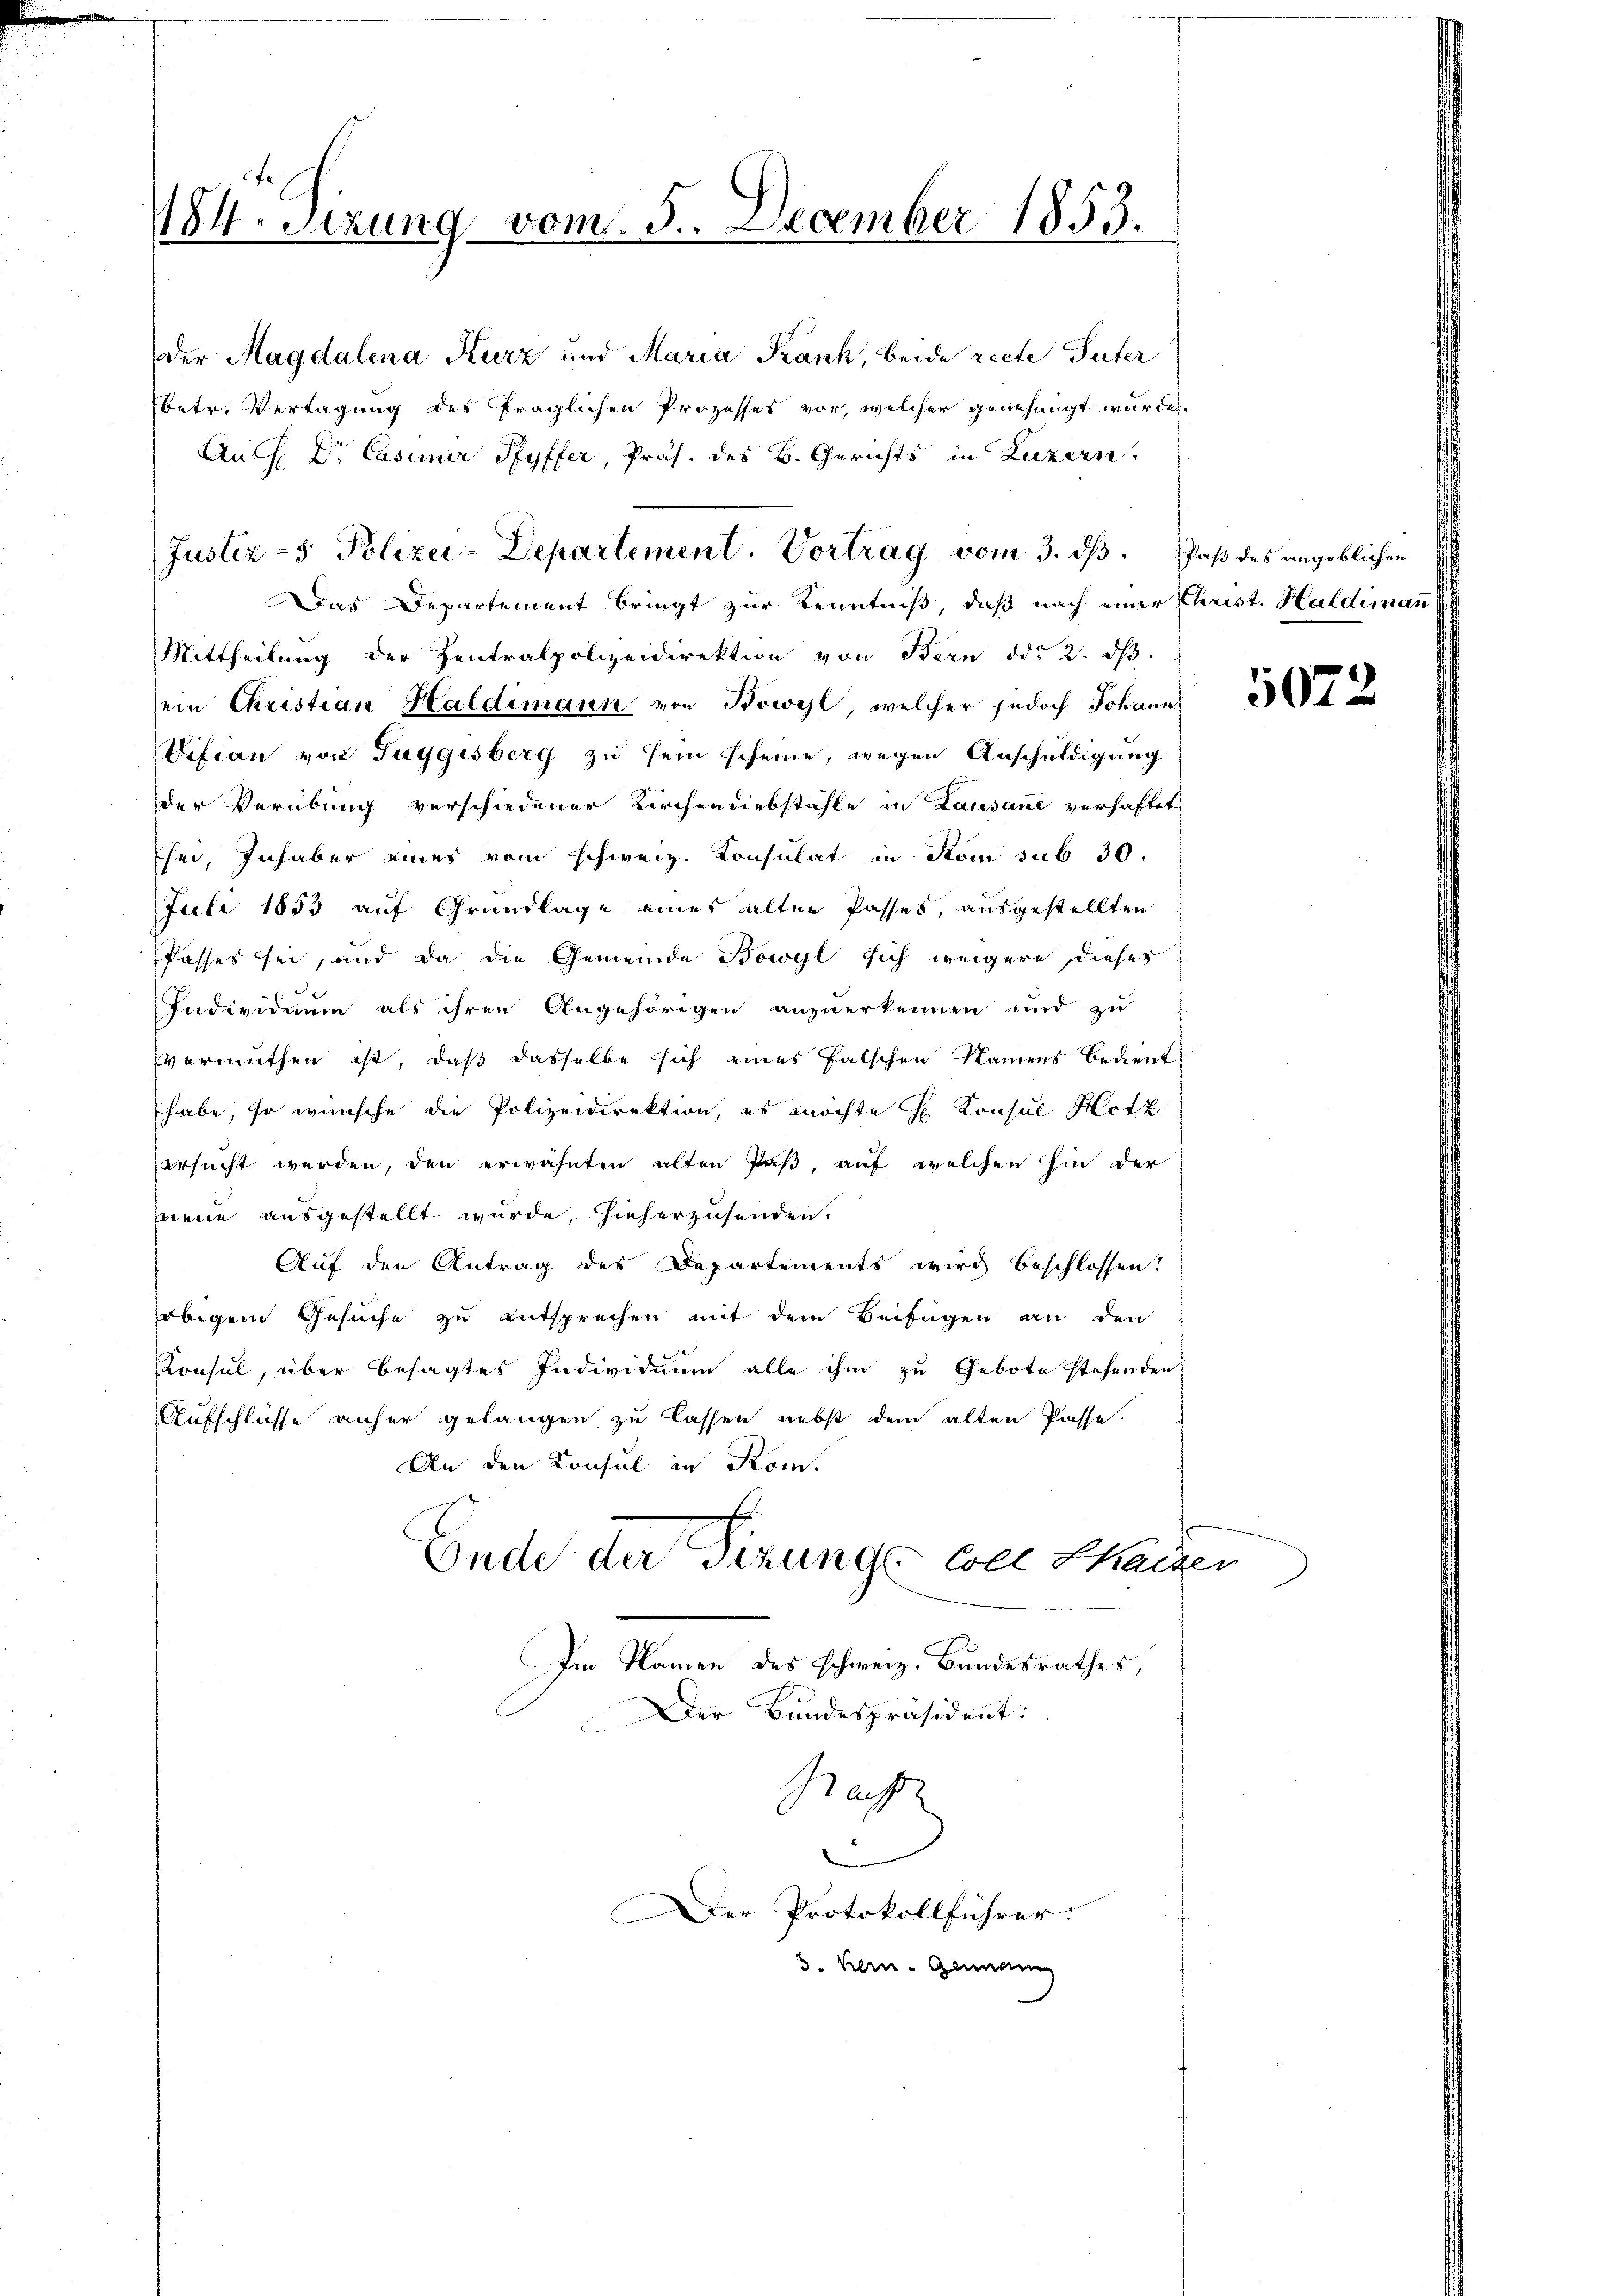
184. Sizung vom 5. December 1853.

der Magdalena Kurz und Maria Frank, beide recte Güter
betr. Vertagung des fraglichen Prozesses vor, welcher genehmigt wurden.
Auch Dr. Casimir Pfyffer, Präs. des B. Gerichts in Luzern,
Das Departement bringt zur Kenntniß, daß nach einer Christ. Haldimann
Mittheilung der Zentralpolizeidirektion von Bern ddo 2. ds.
sein Christian Haldimann von Bowyl, welcher jedoch Johann
Vifian von Tuggisberg zu sein scheine, wegen Anschuldigung
der Verübung verschiedener Kirchendiebstähle in Lausane verhaftet
Eher, Inhaber eines vom schweiz. Konsulat in Rom sub 30.
Juli 1853 auf Grundlage eines alten Passes, ausgestellten
Passes sei, und da die Gemeinde Bowyl sich weigere dieses
Individuum als ihren Angehörigen anzŭerkennen und zŭ
vermuthen ist, daß dasselbe sich eines falschen Namens bedient
habe, so wünsche die Polizeidirektion, es möchte H. Konsul Hetz
ersucht werden, den erwähnten alten Paß, auf welchen hin der
neue ausgestellt wurde, hieherzusenden.
Auf den Antrag des Departements wird beschlossen!
obigem Gesuche zu entsprechen mit dem Beifügen an den
Konsul, über besagtes Individuum alle ihm zu Gebote stehenden
Aufschlüsse anher gelangen zu lassen nebst dem alten Pässe.
An den Konsul in Rom.
Ende der Sizunge Coll Shaizer
Im Namen des schweiz. Bundesrathes,

Justiz- & Polizei-Departement. Vortrag vom 3. dβ. Paβ des angeblichen

Der Bundespräsident:
Gas
Der Protokollführer.
3. Bern - Genann

5072